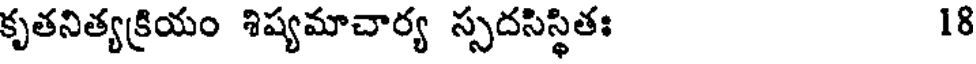
కృతనిత్యక్రియం శిష్యమాచార్య స్సదసిస్థితః 18